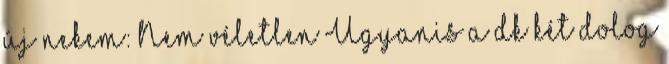
új nekem: Nem véletlen Ugyanis a dk két dolog